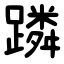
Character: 蹸